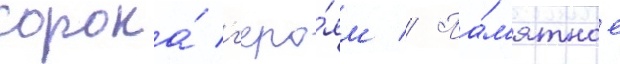
сорока́ г'еро́ям // Па́м'ятное